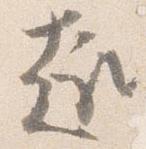
趣